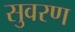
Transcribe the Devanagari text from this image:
सुवरण